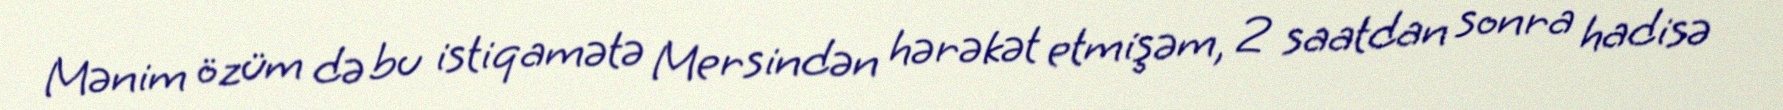
Mənim özüm də bu istiqamətə Mersindən hərəkət etmişəm, 2 saatdan sonra hadisə